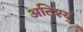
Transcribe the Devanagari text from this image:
अतिश्य्